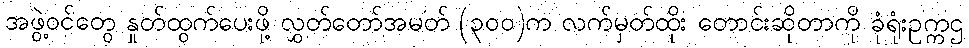
အဖွဲ့ဝင်တွေ နှုတ်ထွက်ပေးဖို့ လွှတ်တော်အမတ် (၃၀၀)က လက်မှတ်ထိုး တောင်းဆိုတာကို ခုံရုံးဥက္ကဌ